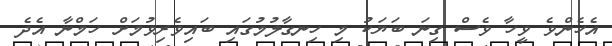
އެހެންވެ ވީހާ ވެސް ގިނަ ބަޔަކު މި ހިނގާލުމުގައި ބައިވެރިވުމަށް ހަމްނާ އެދެ